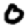
Digit: 0